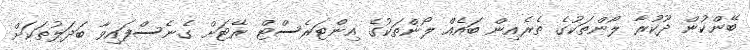
ބޭންކުން ދޫކުރާ ލޯންތަކުގެ ތެރެއިން ބައެއް ލޯންތަކުގެ އިންޓަރެސްޓް ރޭޓަށް ގެނެސްފައިވާ ބަދަލުތަކަށް